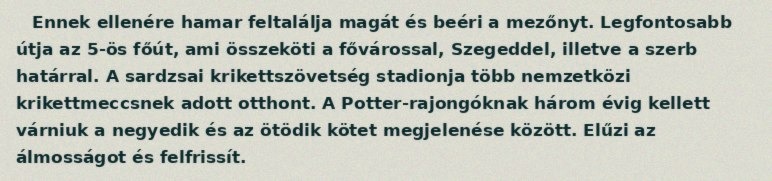
Ennek ellenére hamar feltalálja magát és beéri a mezőnyt. Legfontosabb útja az 5-ös főút, ami összeköti a fővárossal, Szegeddel, illetve a szerb határral. A sardzsai krikettszövetség stadionja több nemzetközi krikettmeccsnek adott otthont. A Potter-rajongóknak három évig kellett várniuk a negyedik és az ötödik kötet megjelenése között. Elűzi az álmosságot és felfrissít.